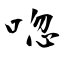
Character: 唿